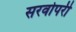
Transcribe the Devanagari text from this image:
सरवोपरी